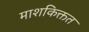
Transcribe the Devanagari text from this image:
माशकिक्तत